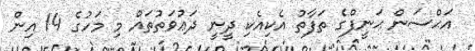
އަޙްސަން ޙަނީފްގެ ތަފާތު އެކިއެކި ދީނީ ދަޢުވަތުތައް މި މަހުގެ 14 އިން